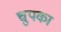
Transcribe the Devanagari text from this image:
चुपका